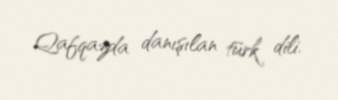
Qafqazda danışılan türk dili.